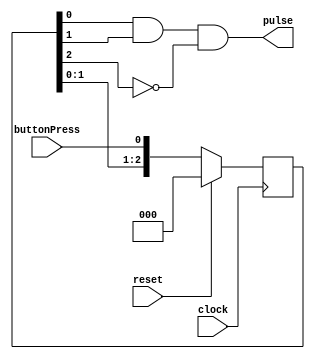
//////////////////////////////////////////////////////////////////////////////////
// Design Name: 
// Module Name:    debounce 
// David Steinberg
// Debound the push-button switch used to reset the event builder
//////////////////////////////////////////////////////////////////////////////////
module debounce(clock, buttonPress, pulse, reset
    );
    input clock, buttonPress, reset;
	 output pulse;

   reg [2:0] regs;

   always @ (posedge clock)
      if (reset == 1)
         regs <= 3'b000;
      else
         regs <= {regs[1:0], buttonPress};

   assign pulse = regs[0] & regs[1] & !regs[2];

endmodule